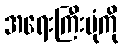
အရေးကြီးပုံကို